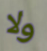
ولا